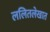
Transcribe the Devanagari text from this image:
ललितलेखात